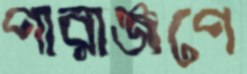
পারাঞ্জপে